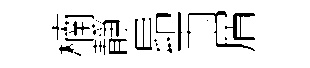
楠靜昂雨屑